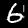
Label: 6